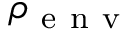
\rho _ { \mathrm { ~ e ~ n ~ v ~ } }